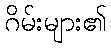
ဂိမ်းများ၏